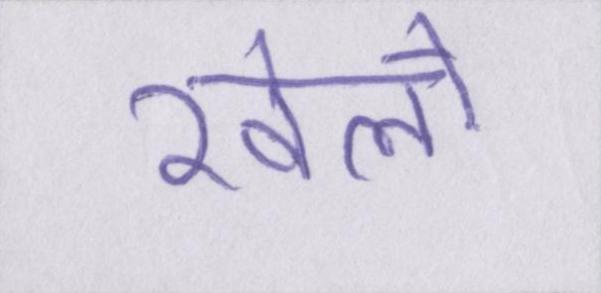
खेलो